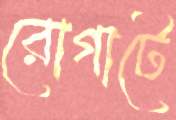
রোগাটে